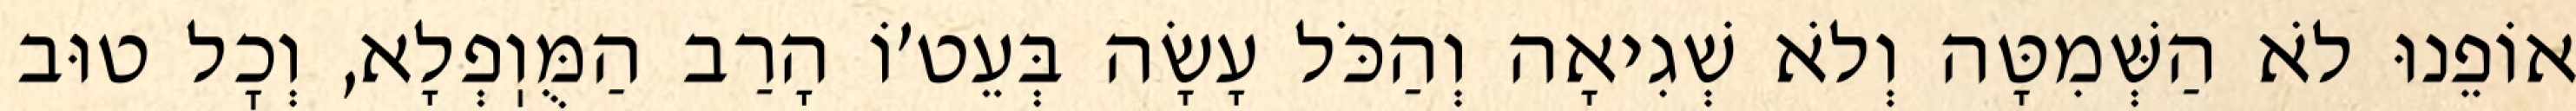
אוֹפֵנוּ לֹא הַשְּׁמִטָּה וְלֹא שְׁגִיאָה וְהַכֹּל עָשָׂה בְּעֵט׳וֹ הָרַב הַמֻּוֽפְלָא, וְכׇל טוּב